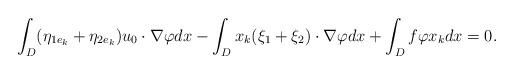
LaTeX: \begin{align*}\int_D (\eta_{1e_k} + \eta_{2e_k}) u_0 \cdot { \nabla\varphi} dx - \int_D x_k (\xi_1 + \xi_2) \cdot{\nabla \varphi} dx + \int_D f\varphi x_k dx = 0.\end{align*}